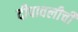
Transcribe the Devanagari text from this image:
दीपावलीची